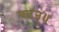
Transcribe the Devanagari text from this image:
काजु॥